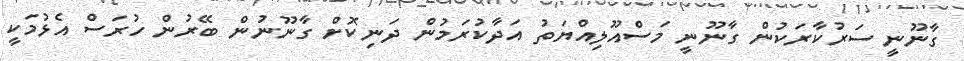
ގާނޫނީ ސަރުކާރަކުން ގާނޫނީ މަސްއޫލިއްޔަތު އަދާކުރަމުން ދަނިކޮށް ގާނޫނުން ބޭރުން ހުރަސް އެޅުމަކީ